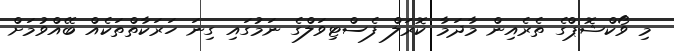
މި ވޯކްޝޮޕްގެ ތެރެއިން މާދަމާ ކޮރަލް ފެސްޓިވަލްގެ ނަމުގައި ގިނަ ހަރަކާތްތަކެއް ބޭއްވުމަށް